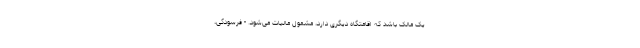
یک مالک باشد که اقامتگاه دیگری دارد، مشمول مالیات می‌شود. - فرسودگی،